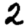
Digit: 2